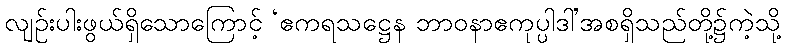
လျဉ်းပါးဖွယ်ရှိသောကြောင့် ‘ဧကရသဋ္ဌေန ဘာဝနာဧကုပ္ပါဒါ’အစရှိသည်တို့၌ကဲ့သို့